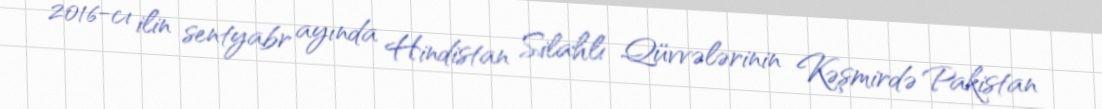
2016-cı ilin sentyabr ayında Hindistan Silahlı Qüvvələrinin Kəşmirdə Pakistan